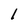
Character: l